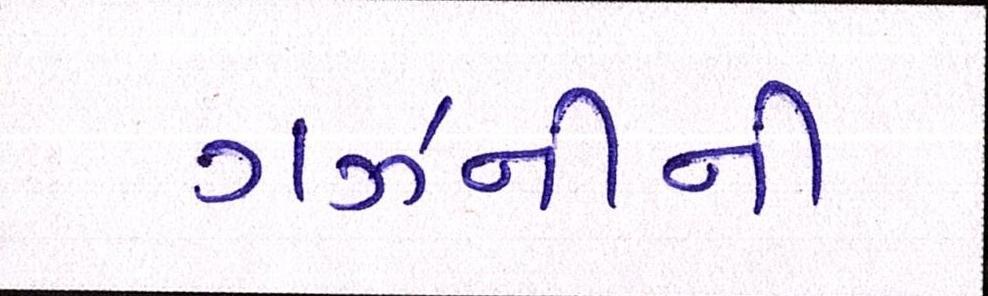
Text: ગઝનીની